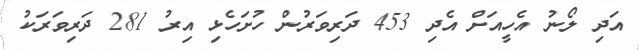
އަދި ލޯނު އެހީއަށް އެދި 453 ދަރިވަރުން ހުށަހެޅި އިރު 281 ދަރިވަރަކު